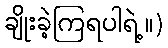
ချိုးခဲ့ကြရပါရဲ့။)